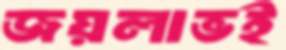
জয়লাভই